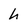
Character: h